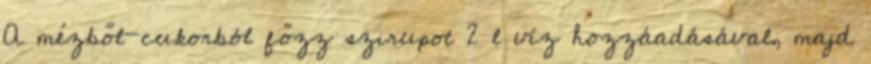
A mézből-cukorból főzz szirupot 2 l víz hozzáadásával, majd